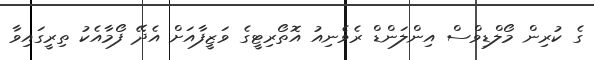
ގެ ކުރިން މޯލްޑިވްސް އިންލަންޑް ރެވެނިއު އޮތޯރިޓީގެ ވަޒީފާއަށް އެދޭ ފޯމާއެކު ތިރީގައިވާ